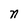
Character: n